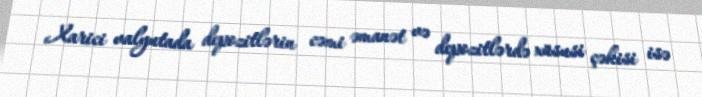
Xarici valyutada depozitlərin cəmi əmanət və depozitlərdə xüsusi çəkisi isə